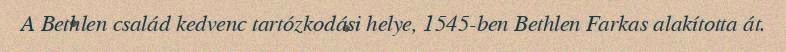
A Bethlen család kedvenc tartózkodási helye, 1545-ben Bethlen Farkas alakította át.